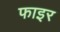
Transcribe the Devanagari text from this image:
फाइर